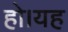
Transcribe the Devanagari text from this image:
हो।यह